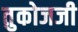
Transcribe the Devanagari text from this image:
तुकोजजी